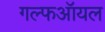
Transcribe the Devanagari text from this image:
गल्फऑयल